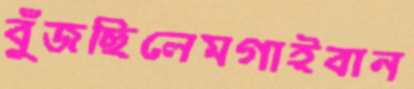
বুঁজছিলেমগাইবান